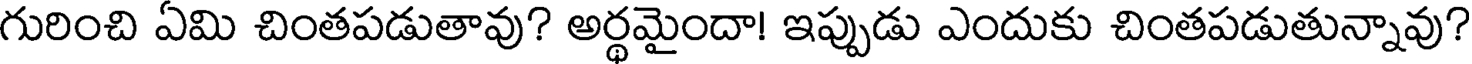
గురించి ఏమి చింతపడుతావు? అర్థమైందా! ఇప్పుడు ఎందుకు చింతపడుతున్నావు?